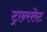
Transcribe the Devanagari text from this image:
ट्रान्स्लेट